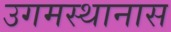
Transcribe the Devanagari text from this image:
उगमस्थानास